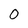
Character: 0